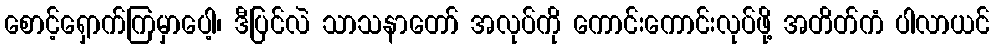
စောင့်ရှောက်ကြမှာပေါ့၊ ဒီပြင်လဲ သာသနာတော် အလုပ်ကို ကောင်းကောင်းလုပ်ဖို့ အတိတ်ကံ ပါလာယင်